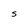
Character: S